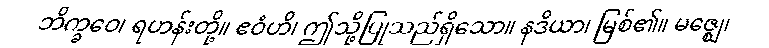
ဘိက္ခဝေ၊ ရဟန်းတို့။ ဧဝံဟိ၊ ဤသို့ပြုသည်ရှိသော။ နဒိယာ၊ မြစ်၏။ မဇ္ဈေ၊